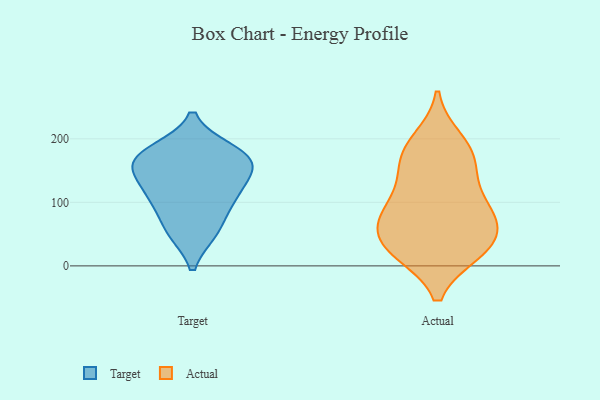
{"axis": {"x": "LTV (USD)", "y": "Value"}, "legend": ["Actual", "Target"], "data": [{"x": "", "y": 54, "type": "Target"}, {"x": "", "y": 165, "type": "Target"}, {"x": "", "y": 175, "type": "Target"}, {"x": "", "y": 181, "type": "Target"}, {"x": "", "y": 98, "type": "Target"}, {"x": "", "y": 54, "type": "Target"}, {"x": "", "y": 110, "type": "Target"}, {"x": "", "y": 153, "type": "Target"}, {"x": "", "y": 143, "type": "Target"}, {"x": "", "y": 169, "type": "Target"}, {"x": "", "y": 114, "type": "Target"}, {"x": "", "y": 66, "type": "Actual"}, {"x": "", "y": 28, "type": "Actual"}, {"x": "", "y": 89, "type": "Actual"}, {"x": "", "y": 25, "type": "Actual"}, {"x": "", "y": 137, "type": "Actual"}, {"x": "", "y": 198, "type": "Actual"}, {"x": "", "y": 171, "type": "Actual"}, {"x": "", "y": 55, "type": "Actual"}, {"x": "", "y": 103, "type": "Actual"}, {"x": "", "y": 22, "type": "Actual"}, {"x": "", "y": 185, "type": "Actual"}, {"x": "", "y": 66, "type": "Actual"}, {"x": "", "y": 85, "type": "Actual"}, {"x": "", "y": 158, "type": "Actual"}, {"x": "", "y": 22, "type": "Actual"}]}